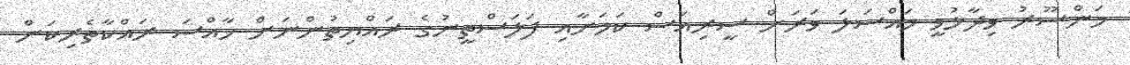
މަންސޫރު ވިދާޅުވީ މައްސަލަ ވަރަށް ސީރިއަސް ކަމަށާއި ފަލަސްތީނުގެ ރައްޔިތުންނަށް ހާއްސަ ރައްކާތެރިކަން